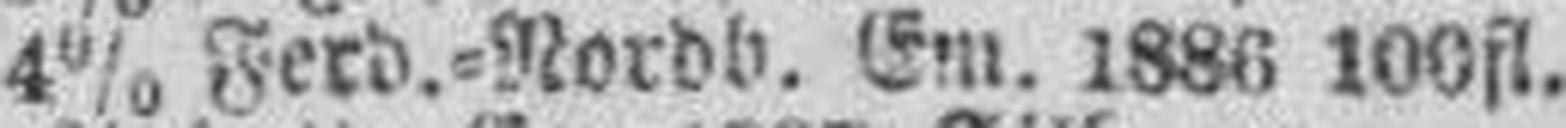
4% Ferd.=Nordb. Em. 1886 100 fl.